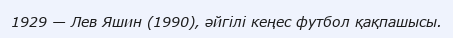
1929 — Лев Яшин (1990), әйгілі кеңес футбол қақпашысы.